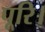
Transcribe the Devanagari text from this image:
पूरि।